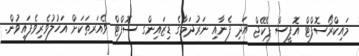
މައިކްރޯސޮފްޓް އޮފީސް ޕެކޭޖް އަދި ފެނާއި ނަރުދަމާގެ ޑިޒައިންގ ސޮފްޓް ވެއަރތަކަށް އަހުލުވެރިވެފައިވުން.